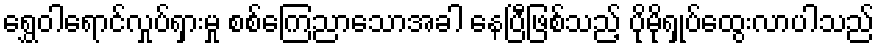
ရွှေဝါရောင်လှုပ်ရှားမှု စစ်ကြေညာသောအခါ နေပြီဖြစ်သည့် ပိုမိုရှုပ်ထွေးလာပါသည်